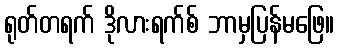
ရုတ်တရက် ဒိုလားရက်စ် ဘာမှပြန်မဖြေ။